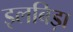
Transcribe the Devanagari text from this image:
इलबिड़ा